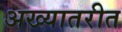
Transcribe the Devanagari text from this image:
अख्यातरीत